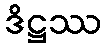
ဒိဋ္ဌဿ